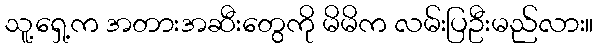
သူ့ရှေ့က အတားအဆီးတွေကို မိမိက လမ်းပြဦးမည်လား။